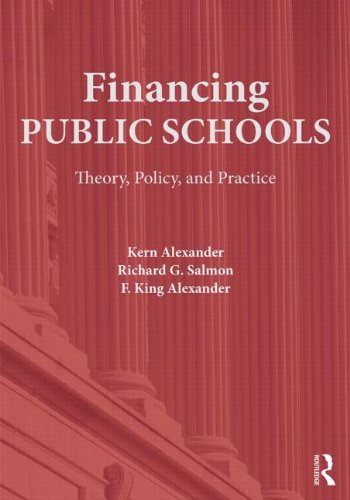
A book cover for Financing Public Schools: Theory, Policy, and Practice; Kern Alexander; Education & Teaching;